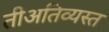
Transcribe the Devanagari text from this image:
तीअतिव्यस्त